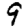
Digit: 9